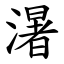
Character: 濐